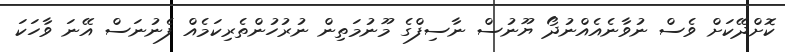
ކޮށްދޭކަށް ވެސް ނުވާނެއެއްނުދޯ ޔޫނުސް ނާސިފްގެ މޫނުމަތިން ނުރުހުންތެރިކަމެއް ފެނުނަސް އޭނަ ވާހަކަ